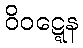
ဝိဝဋ္ဋေန